Lunatic asylums Bombay report 1878-1890 - 1878-1890
Year: 1878
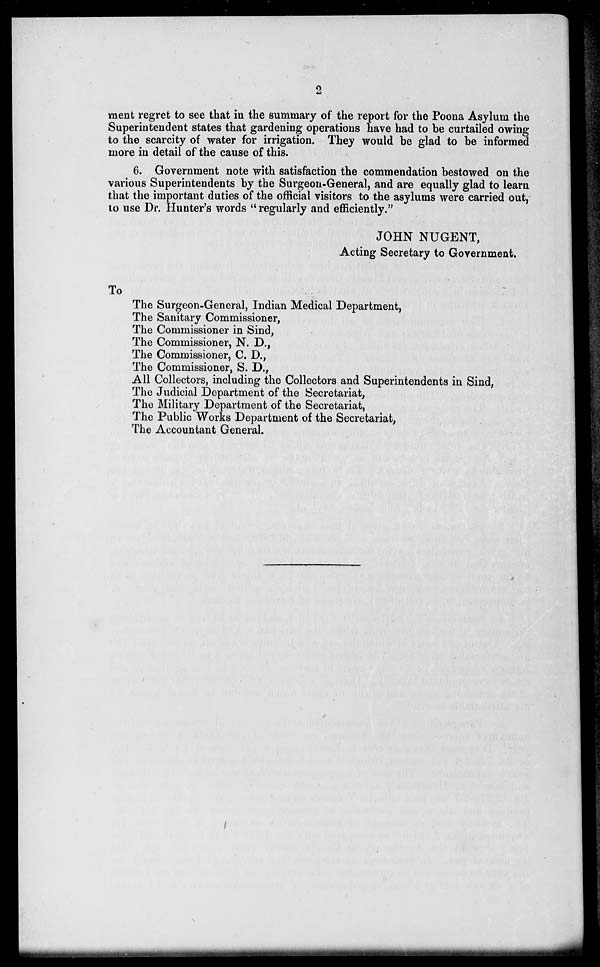
2
ment regret to see that in the summary of the report for the Poona Asylum the
Superintendent states that gardening operations have had to be curtailed owing
to the scarcity of water for irrigation. They would be glad to be informed
more in detail of the cause of this.
6. Government note with satisfaction the commendation bestowed on the
various Superintendents by the Surgeon-General, and are equally glad to learn
that the important duties of the official visitors to the asylums were carried out,
to use Dr. Hunter's words " regularly and efficiently."
JOHN NUGENT,
Acting Secretary to Government.
To
The Surgeon-General, Indian Medical Department,
The Sanitary Commissioner,
The Commissioner in Sind,
The Commissioner, N. D.,
The Commissioner, C. D.,
The Commissioner, S. D.,
All Collectors, including the Collectors and Superintendents in Sind,
The Judicial Department of the Secretariat,
The Military Department of the Secretariat,
The Public Works Department of the Secretariat,
The Accountant General.